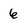
Character: 6